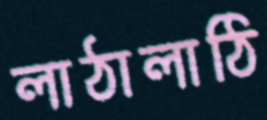
লাঠালাঠি